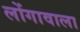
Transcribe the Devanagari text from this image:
लोंगावाला